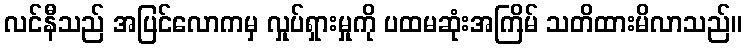
လင်နီသည် အပြင်လောကမှ လှုပ်ရှားမှုကို ပထမဆုံးအကြိမ် သတိထားမိလာသည်။